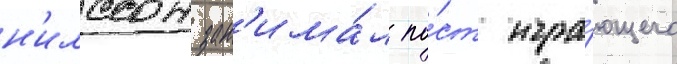
н'илссон зан'има́л по́ст игра́ющего